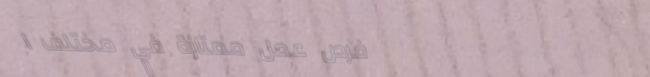
فرص عمل ممتازة في مختلف ا